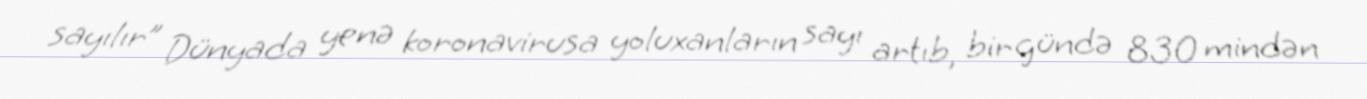
sayılır” Dünyada yenə koronavirusa yoluxanların sayı artıb, bir gündə 830 mindən